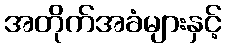
အတိုက်အခံများနှင့်